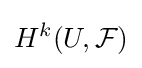
H^{k}(U,{\mathcal {F}})